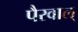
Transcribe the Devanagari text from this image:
पैरवाल्